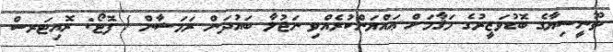
ތޫނީސިޔާގެ ބޮޑުވަޒީރުގެ މަޤާމަށް ޢައްޔަންކުރެއްވި ނަޖުލާ ބައުދަން ރަމަޟާން / ފޮޓޯ: ރޮއިޓަރސް